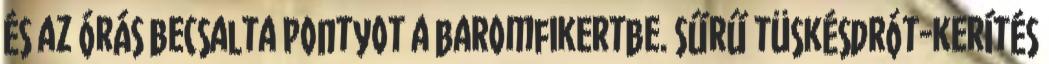
És az órás becsalta Pontyot a baromfikertbe. Sűrű tüskésdrót-kerítés